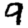
Digit: 9